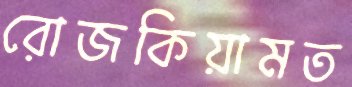
রোজকিয়ামত